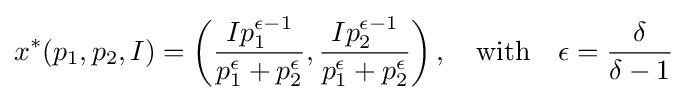
x^{*}(p_{1},p_{2},I)=\left({\frac {Ip_{1}^{\epsilon -1}}{p_{1}^{\epsilon }+p_{2}^{\epsilon }}},{\frac {Ip_{2}^{\epsilon -1}}{p_{1}^{\epsilon }+p_{2}^{\epsilon }}}\right),\quad {\text{with}}\quad \epsilon ={\frac {\delta }{\delta -1}}